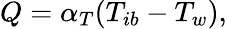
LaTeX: Q=\alpha_{T}(T_{ib}-T_{w}),